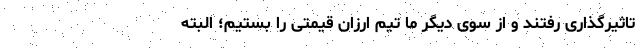
تاثیرگذاری رفتند و از سوی دیگر ما تیم ارزان قیمتی را بستیم؛ البته